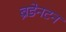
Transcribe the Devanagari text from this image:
ब्रेडेनटन